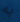
به